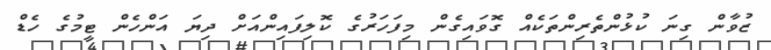
ޒުވާން ގިނަ ކުޅުންތެރިންތަކެއް ގޮވައިގެން މިފަހަރުގެ ކޮލިފައިންއަށް ދިޔަ އަންހެން ޓީމުގެ ހެޑް